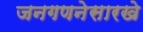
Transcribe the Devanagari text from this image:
जनगणनेसारखे